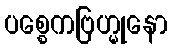
ပစ္စေကဗြဟ္မုနော